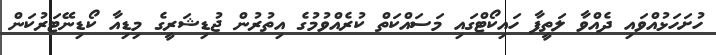
ހުށަހަޅުއްވައި ދެއްވާ ލަތީފާ ހައިކޯޓްގައި މަސައްކަތް ކުރެއްވުމުގެ އިތުރުން ޖުޑިޝަރީގެ މިޑިއާ ކޯޑިނޭޓަރުކަން